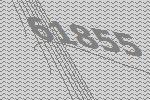
61855